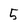
Character: 5